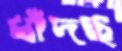
ধাঁদছ